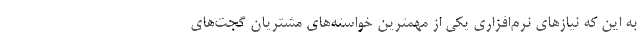
به این که نیازهای نرم‌افزاری یکی از مهمترین خواسته‌های مشتریان گجت‌های